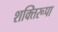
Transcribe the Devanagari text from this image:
शक्तिरूपा